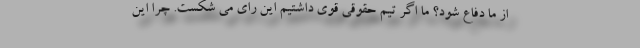
از ما دفاع شود؟ ما اگر تیم حقوقی قوی داشتیم این رای می شکست. چرا این